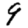
Digit: 9